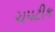
ચપટીક